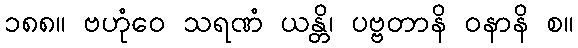
၁၈၈။ ဗဟုံဝေ သရဏံ ယန္တိ၊ ပဗ္ဗတာနိ ဝနာနိ စ။